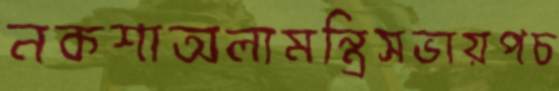
নকশাঅলামন্ত্রিসভায়পচ